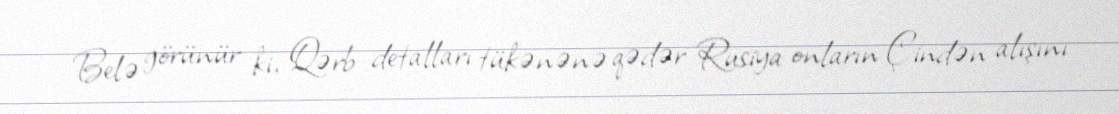
Belə görünür ki, Qərb detalları tükənənə qədər Rusiya onların Çindən alışını